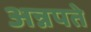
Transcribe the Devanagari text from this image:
अन्नपते